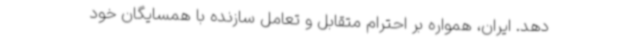
دهد. ایران، همواره بر احترام متقابل و تعامل سازنده با همسایگان خود